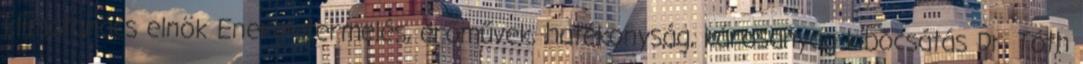
klímatanács elnök Energiatermelés, erőművek, hatékonyság, károsanyag kibocsátás Dr. Tóth